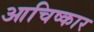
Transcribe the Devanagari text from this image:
आचिष्कार